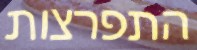
התפרצות